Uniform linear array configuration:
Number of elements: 8
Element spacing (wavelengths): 0.25
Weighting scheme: blackman
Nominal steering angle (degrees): -45
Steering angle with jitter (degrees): -46.701
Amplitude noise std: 0.05
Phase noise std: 0.05

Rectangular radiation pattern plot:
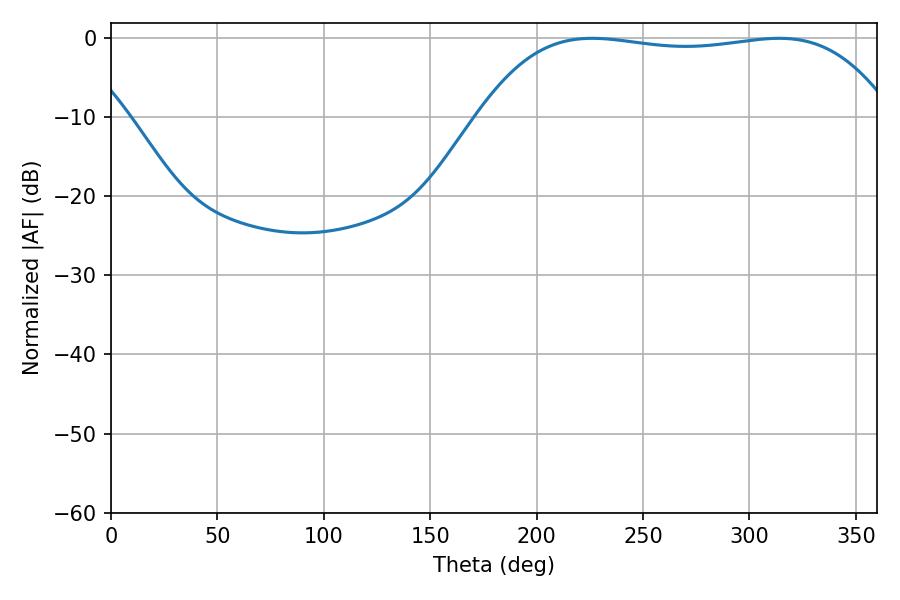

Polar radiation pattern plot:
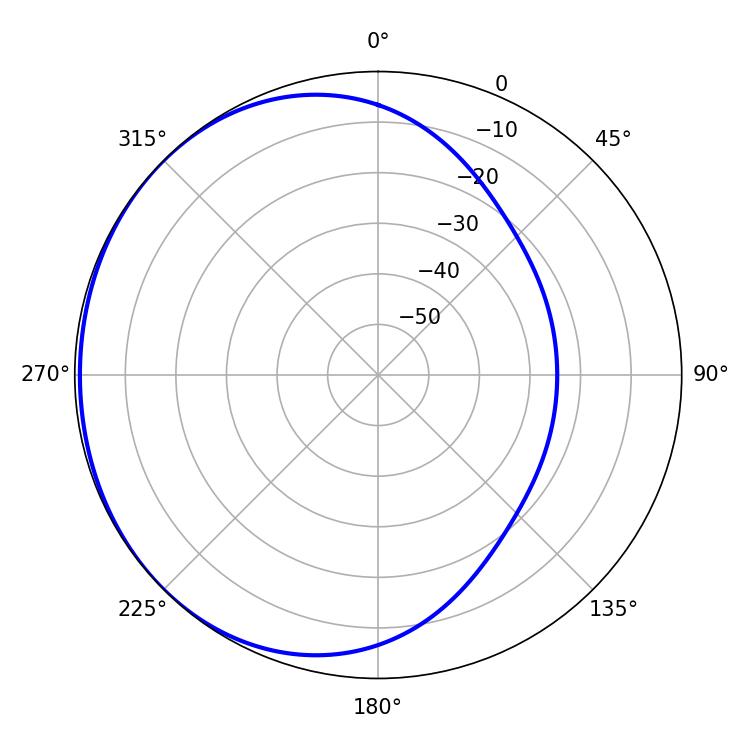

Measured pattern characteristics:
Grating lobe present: FALSE
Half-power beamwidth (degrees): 152.64
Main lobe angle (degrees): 226.08